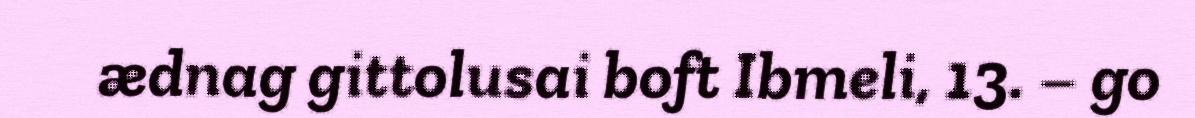
ædnag gittolusai boft Ibmeli, 13. – go